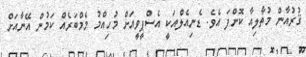
ޤުރުއާން މުތާލިއާ ކޮށްފަ އެވެ. ޑެނިއެލްއަކީ އެސްޕީވީއަށް މުހިއްމު މެމްބަރެއް ކަމުން އޭނާއަށް